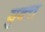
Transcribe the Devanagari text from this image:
युक्त्त